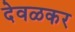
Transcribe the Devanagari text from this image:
देवळकर